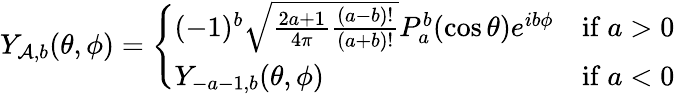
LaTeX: Y_{\mathcal{A},b}(\theta,\phi)={\left\{ \begin{array}{ll}{(-1)^{b}{\sqrt{{\frac{2a+1}{4\pi}}{\frac{(a-b)!}{(a+b)!}}}}P_{a}^{b}(\cos\theta)e^{ib\phi}}&{{\mathrm{if~}}a>0}\\ {Y_{-a-1,b}(\theta,\phi)}&{{\mathrm{if~}}a<0}\end{array}\right.}